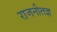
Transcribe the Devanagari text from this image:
राजनीतज्ञ